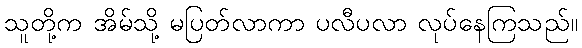
သူတို့က အိမ်သို့ မပြတ်လာကာ ပလီပလာ လုပ်နေကြသည်။